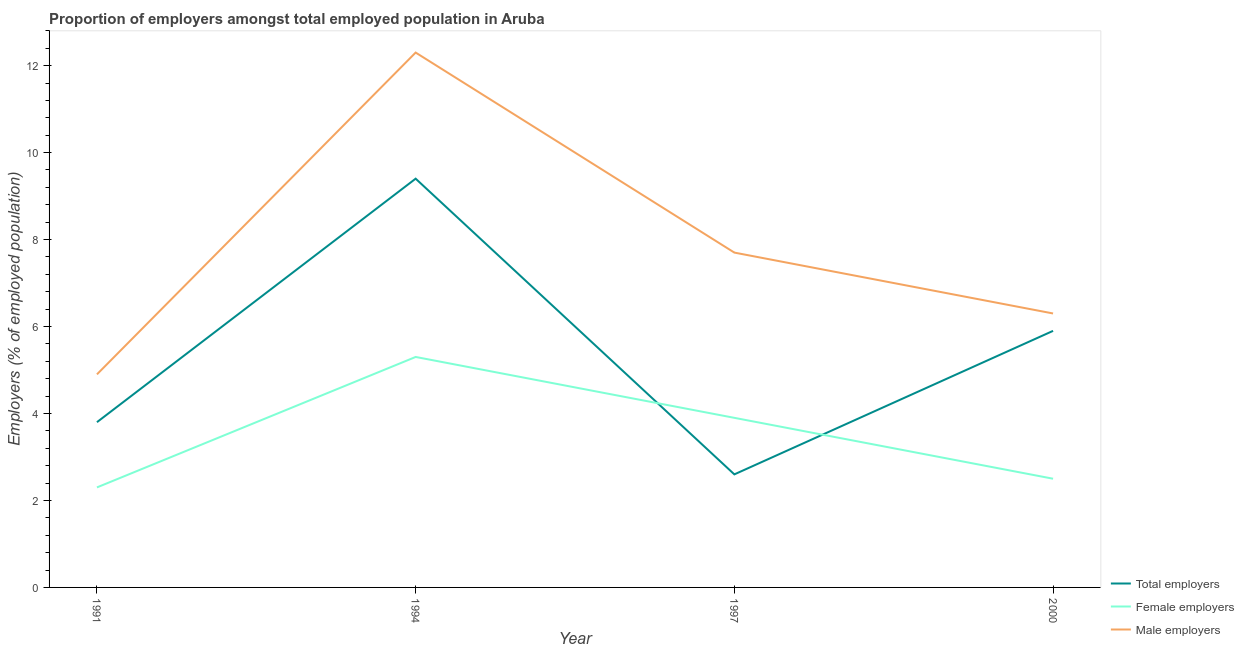
| Year | Total employers | Female employers | Male employers |
 | --- | --- | --- | --- |
 | 1991 | 3.8 | 2.3 | 4.9 |
 | 1994 | 9.4 | 5.3 | 12.3 |
 | 1997 | 2.6 | 3.9 | 7.7 |
 | 2000 | 5.9 | 2.5 | 6.3 |